Eesti_Rahvusfond, lk 117
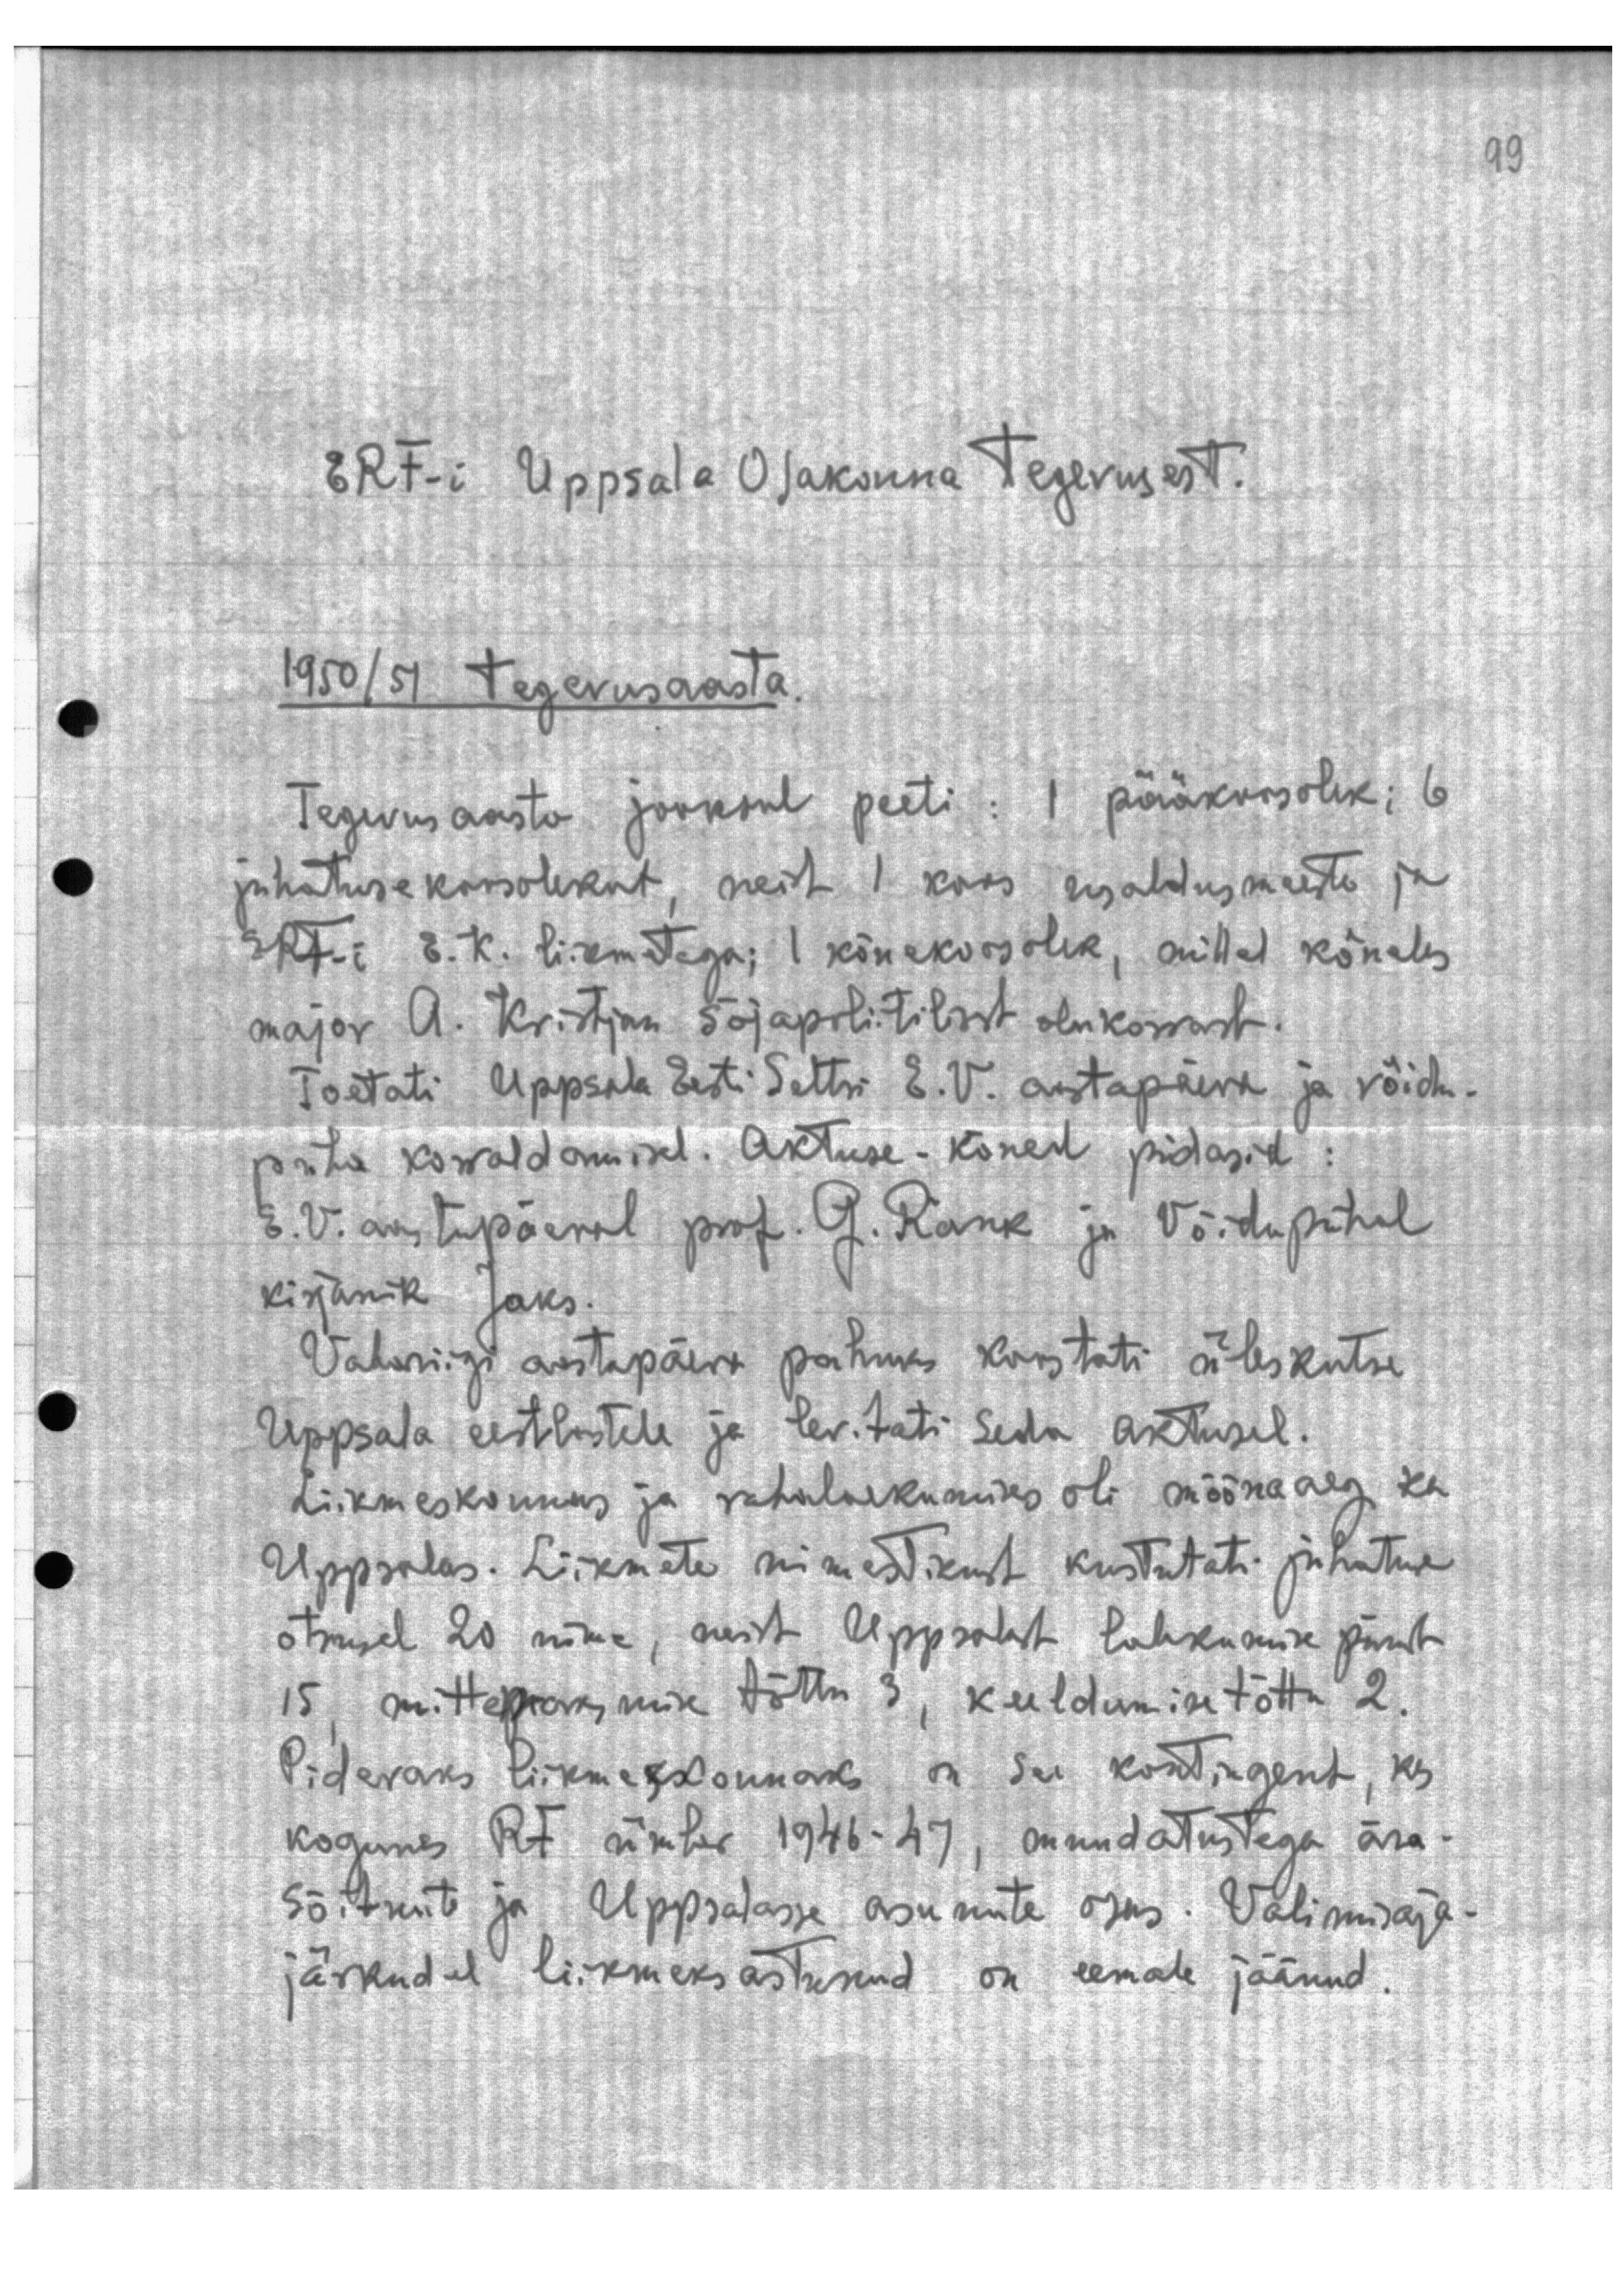
ERF-i Uppsala Osakonna tegevusest.

1950/51 tegevusaasta.

Tegevusaasta jooksul peeti: 1 pääkoosolek; 6
juhatuse koosolekut, neist 1 koos usaldusmeeste ja
ERF-i E.K. liikmetega; I kõnekoosolek, millel kõneles
major A. Kristjan sõjapolitilisst olukorrast.
Toetati Uppsala Eesti Seltsi E.V. aastapäeva ja võidu-
püha korraldamisel. Aktuse-kõned pidasid:
E.V. aastapäeval prof. G. Ränk ja Võidupühal
kirjanik Jaks.
Vabariigi aastapäeva puhuks koostati üleskutse
Uppsala eestlastele ja levitati Seda aktusel.
Liikmeskonnas ja rahalaekumises oli mõõna aeg ka
Uppsalas. Liikmete nimestikust kustutati juhatuse
otsusel 20 nime, neist Upsalast lahkumise pärast
15, mittepanemise tõttu 3, keeldumise tõttu 2.
Pidevaks liikmeskonnaks on see kontingent, kes
kogunes RF ümber 1946-47, muudatustega ära-
sõitnud ja Uppsalasse asunute osas. Valimisaja-
järkudel liikmeks astunud on eemale jäänud.